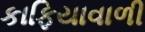
કાફિયાવાળી